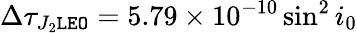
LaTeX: \Delta\tau_{J_{2}\tt LEO}=5.79\times 10^{-10}\sin^{2}i_{0}